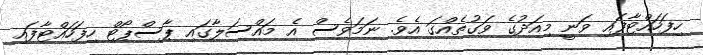
ހިފަހައްޓާފައި ވަނީ މިއަދުގެ ވަގުތެއްގަ އެވެ. ނަމަވެސް އެ މައްސަލާގައި ޕާސްޕޯޓް ހިފަހައްޓާފައި